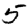
Digit: 5